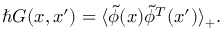
\hbar G ( x , x ^ { \prime } ) = \langle \tilde { \phi } ( x ) \tilde { \phi } ^ { T } ( x ^ { \prime } ) \rangle _ { + } .